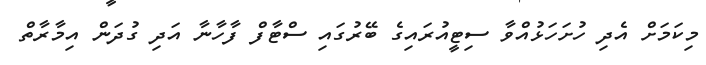
މިކަމަށް އެދި ހުށަހަޅުއްވާ ސިޓީއުރައިގެ ބޭރުގައި ސްޓާފް ފާހާނާ އަދި ގުދަން އިމާރާތް